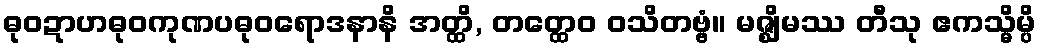
ဓုဝဍာဟဓုဝကုဏပဓုဝရောဒနာနိ အတ္ထိ, တတ္ထေဝ ဝသိတဗ္ဗံ။ မဇ္ဈိမဿ တီသု ဧကသ္မိမ္ပိ